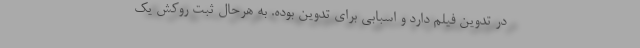
در تدوین فیلم دارد و اسبابی برای تدوین بوده. به هرحال ثبت روکش یک